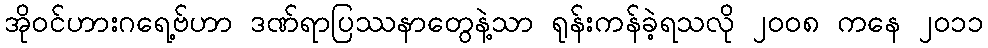
အိုဝင်ဟားဂရေ့ဗ်ဟာ ဒဏ်ရာပြဿနာတွေနဲ့သာ ရုန်းကန်ခဲ့ရသလို ၂၀၀၈ ကနေ ၂၀၁၁